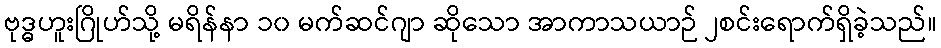
ဗုဒ္ဓဟူးဂြိုဟ်သို့ မရိန်နာ ၁၀ မက်ဆင်ဂျာ ဆိုသော အာကာသယာဉ် ၂စင်းရောက်ရှိခဲ့သည်။